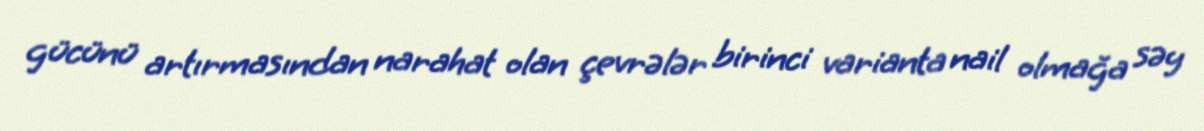
gücünü artırmasından narahat olan çevrələr birinci varianta nail olmağa səy